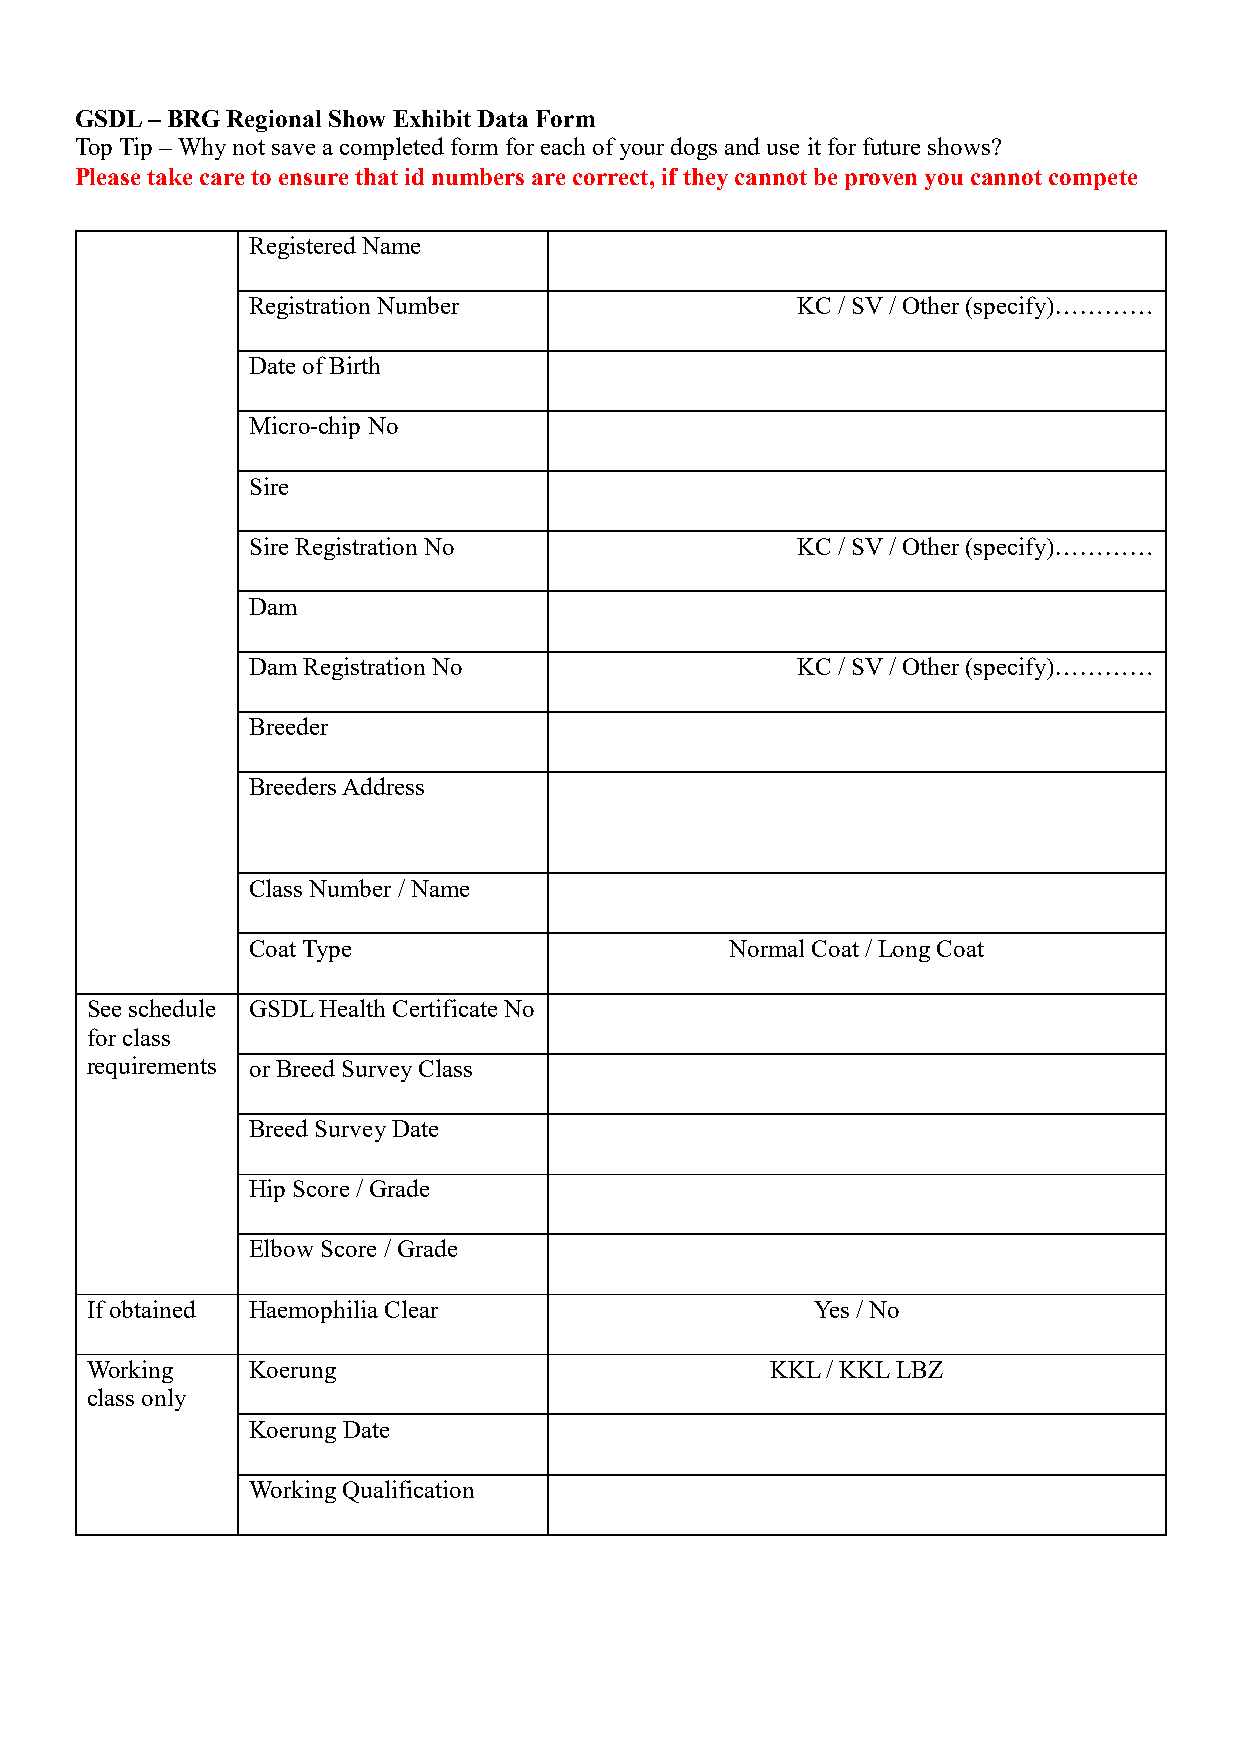
GSDL – BRG Regional Show Exhibit Data Form
 Top Tip – Why not save a completed form for each of your dogs and use it for future shows?
 Please take care to ensure that id numbers are correct, if they cannot be proven you cannot compete
 Registered Name
 Registration Number                  KC / SV / Other (specify)…………
 Date of Birth
 Micro-chip No
 Sire
 Sire Registration No                 KC / SV / Other (specify)…………
 Dam
 Dam Registration No                  KC / SV / Other (specify)…………
 Breeder
 Breeders Address
 Class Number / Name
 Coat Type                       Normal Coat / Long Coat
 See schedule GSDL Health Certificate No
 for class
 requirements or Breed Survey Class
 Breed Survey Date
 Hip Score / Grade
 Elbow Score / Grade
 If obtained Haemophilia Clear                   Yes / No
 Working   Koerung                            KKL / KKL LBZ
 class only
 Koerung Date
 Working Qualification